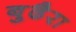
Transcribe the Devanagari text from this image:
बुढैरा